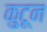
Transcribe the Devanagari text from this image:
कु्टून